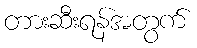
တားဆီးရန်အတွက်